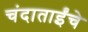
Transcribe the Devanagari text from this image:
चंदाताईंचे